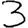
Digit: 3